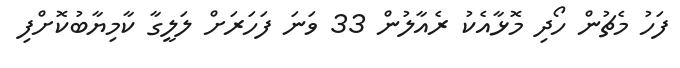
ފަހު މެޗުން ހޯދި މޮޅާއެކު ރެއާލުން 33 ވަނަ ފަހަރަށް ލަލީގާ ކާމިޔާބުކޮށްފި